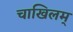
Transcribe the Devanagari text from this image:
चाखिलम्‌